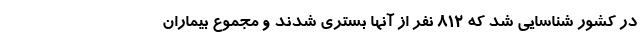
در کشور شناسایی شد که ۸۱۲ نفر از آنها بستری شدند و مجموع بیماران